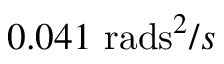
0 . 0 4 1 ~ \mathrm { r a d s } ^ { 2 } / s